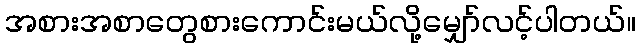
အစားအစာတွေစားကောင်းမယ်လို့မျှော်လင့်ပါတယ်။